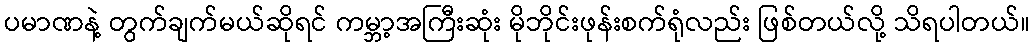
ပမာဏနဲ့ တွက်ချက်မယ်ဆိုရင် ကမ္ဘာ့အကြီးဆုံး မိုဘိုင်းဖုန်းစက်ရုံလည်း ဖြစ်တယ်လို့ သိရပါတယ်။